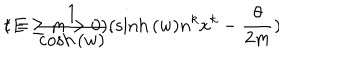
LaTeX: t = \frac { 1 } { \cosh { ( w ) } } ( \sinh { ( w ) } n ^ { k } x ^ { k } - \frac { \theta } { 2 m } ) \hspace { 1 c m } ( E \geq m > 0 ) .